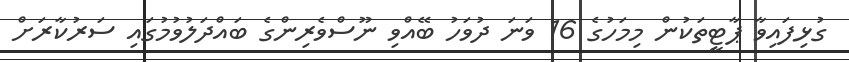
ގުޅިފައިވާ ޕާޓީތަކުން މިމަހުގެ 16 ވަނަ ދުވަހު ބޭއްވި ނޫސްވެރިންގެ ބައްދަލުވުމުގައި ސަރުކާރަށް